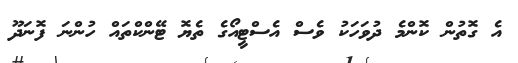
އެ ގޮތުން ކޮންމެ ދުވަހަކު ވެސް އެސްޓީއޯގެ ތެޔޮ ޓޭންކްތައް ހުންނަ ފޮނަދޫ